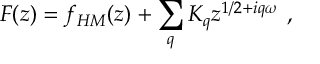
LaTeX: F ( z ) = f _ { H M } ( z ) + \sum _ { q } K _ { q } z ^ { 1 / 2 + i q \omega } \ ,